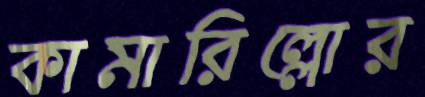
কামারিল্লোর